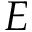
E